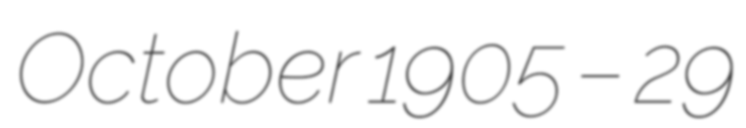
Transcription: October 1905 – 29